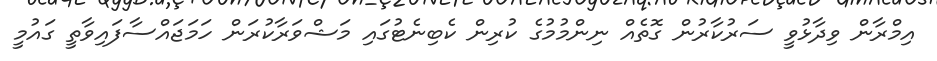
އިމްރާން ވިދާޅުވީ ސަރުކާރުން ގޮތެއް ނިންމުމުގެ ކުރިން ކެބިނެޓުގައި މަޝްވަރާކުރަން ހަމަޖައްސާފައިވާތީ ގައުމީ